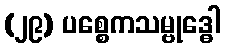
(၂၉) ပစ္စေကသမ္ဗုဒ္ဓေါ